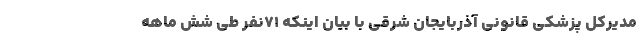
مدیرکل پزشکی قانونی آذربایجان شرقی با بیان اینکه ۷۱نفر طی شش ماهه